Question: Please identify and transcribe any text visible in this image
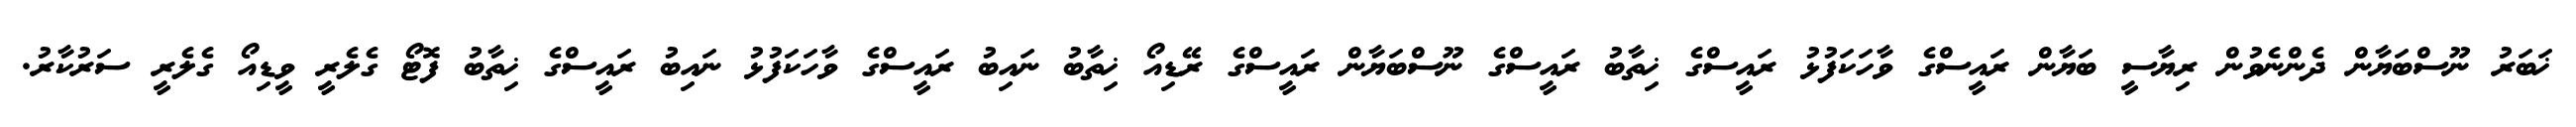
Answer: ޚަބަރު ނޫސްބަޔާން ދެންނެވުން ރިޔާސީ ބަޔާން ރައީސްގެ ވާހަކަފުޅު ރައީސްގެ ޚިތާބު ރައީސްގެ ނޫސްބަޔާން ރައީސްގެ ރޭޑިއޯ ޚިތާބު ނައިބު ރައީސްގެ ވާހަކަފުޅު ނައިބު ރައީސްގެ ޚިތާބު ފޮޓޯ ގެލެރީ ވީޑިއޯ ގެލެރީ ސަރުކާރު.